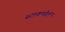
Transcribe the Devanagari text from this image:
स्टाकपोर्ट